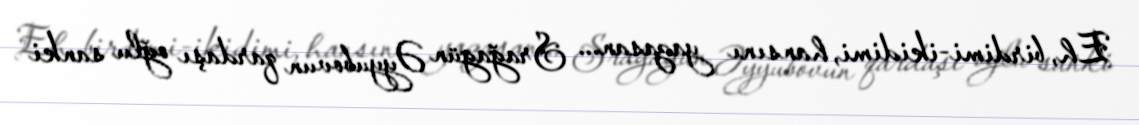
Eh, birdimi-ikidimi, hansını yazasan... Srağagün Əyyubovun qardaşı oğlu sanki